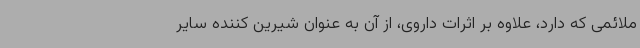
ملائمی که دارد، علاوه بر اثرات داروی، از آن به عنوان شیرین کننده سایر